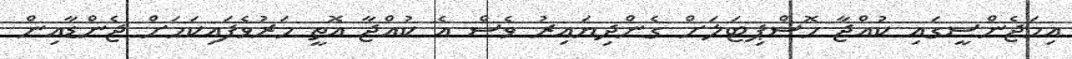
އިމަޖެންސީގައި ކުއްޖާ ހޮސްޕިޓަލަށް ގެންދިޔައިރު ވެސް އެ ކުއްޖާ އޮތީ މަރުވެފައިކަމަށް ޖެންޑާއިން